Vaccination in Burma 1920-1933 - 1920-1933
Year: 1920
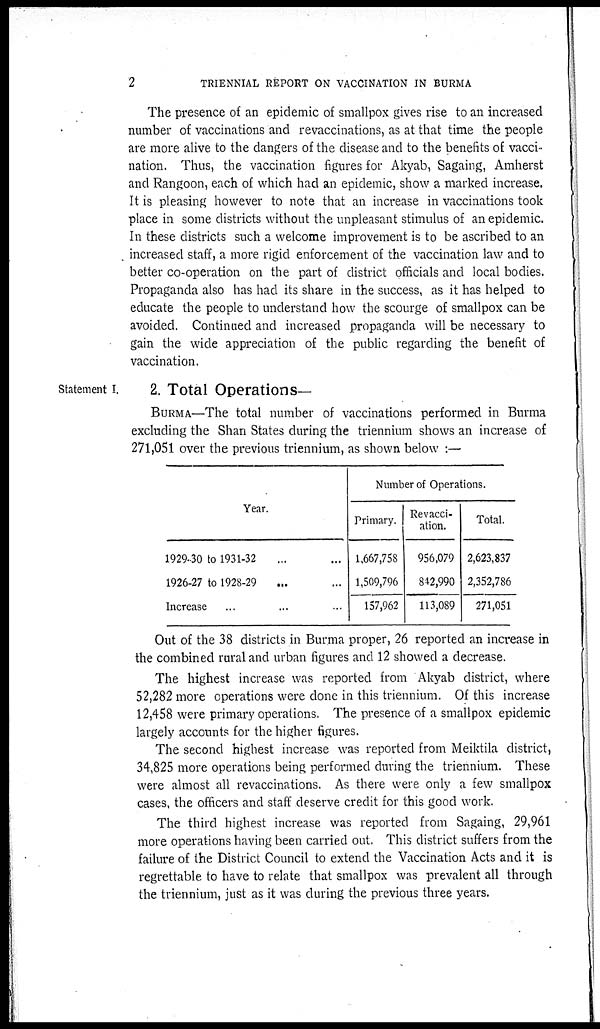
2
TRIENNIAL REPORT ON VACCINATION IN BURMA
The presence of an epidemic of smallpox gives rise to an increased
number of vaccinations and revaccinations, as at that time the people
are more alive to the dangers of the disease and to the benefits of vacci-
nation. Thus, the vaccination figures for Akyab, Sagaing, Amherst
and Rangoon, each of which had an epidemic, show a marked increase.
It is pleasing however to note that an increase in vaccinations took
place in some districts without the unpleasant stimulus of an epidemic.
In these districts such a welcome improvement is to be ascribed to an
increased staff, a more rigid enforcement of the vaccination law and to
better co-operation on the part of district officials and local bodies.
Propaganda also has had its share in the success, as it has helped to
educate the people to understand how the scourge of smallpox can be
avoided. Continued and increased propaganda will be necessary to
gain the wide appreciation of the public regarding the benefit of
vaccination.
Statement I.
2. Total Operations—
BURMA—The total number of vaccinations performed in Burma
excluding the Shan States during the triennium shows an increase of
271,051 over the previous triennium, as shown below :—
Year.
1929-30 to 1931-32 ... ...
1926-27 to 1928-29 ... ...
Increase ... ... ...
Number of Operations.
Primary.
1,667,758
1,509,796
157,962
Revacci-
ation.
956,079
842,990
113,089
Total.
2,623,837
2,352,786
271,051
Out of the 38 districts in Burma proper, 26 reported an increase in
the combined rural and urban figures and 12 showed a decrease.
The highest increase was reported from Akyab district, where
52,282 more operations were done in this triennium. Of this increase
12,458 were primary operations. The presence of a smallpox epidemic
largely accounts for the higher figures.
The second highest increase was reported from Meiktila district,
34,825 more operations being performed during the triennium. These
were almost all revaccinations. As there were only a few smallpox
cases, the officers and staff deserve credit for this good work.
The third highest increase was reported from Sagaing, 29,961
more operations having been carried out. This district suffers from the
failure of the District Council to extend the Vaccination Acts and it is
regrettable to have to relate that smallpox was prevalent all through
the triennium, just as it was during the previous three years.